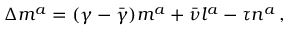
\Delta m ^ { a } = ( \gamma - { \bar { \gamma } } ) m ^ { a } + { \bar { \nu } } l ^ { a } - \tau n ^ { a } \, ,